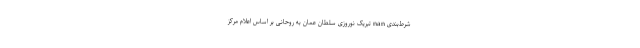
شرط‌بندی nan تبریک نوروزی سلطان عمان به روحانی بر اساس اعلام مرکز